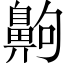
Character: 齁